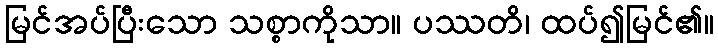
မြင်အပ်ပြီးသော သစ္စာကိုသာ။ ပဿတိ၊ ထပ်၍မြင်၏။